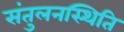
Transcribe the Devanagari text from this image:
संतुलनस्थिति